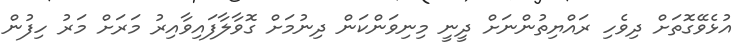
އުޅެވޭގޮތަށް ދިވެހި ރައްޔިތުންނަށް ދީނީ މިނިވަންކަން ދިނުމަށް ގޮވާލާފައިވާއިރު މަރަށް މަރު ހިފުން